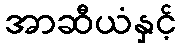
အာဆီယံနှင့်